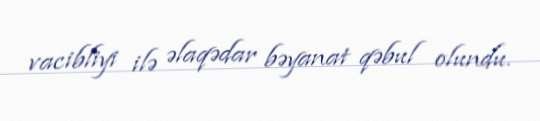
vacibliyi ilə əlaqədar bəyanat qəbul olundu.